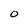
Character: 0